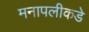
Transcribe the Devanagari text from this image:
मनापलीकडे